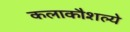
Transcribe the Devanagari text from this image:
कलाकौशल्ये